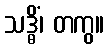
သဒ္ဓိံ၊ တကွ။